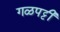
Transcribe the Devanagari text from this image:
गळपट्टी